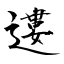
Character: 遱